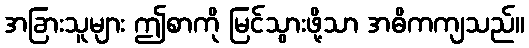
အခြားသူများ ဤစာကို မြင်သွားဖို့သာ အဓိကကျသည်။